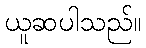
ယူဆပါသည်။